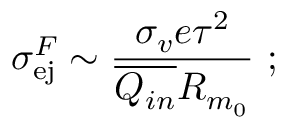
\sigma _ { \mathrm { e j } } ^ { F } \sim \frac { \sigma _ { v } e \tau ^ { 2 } } { \overline { { Q _ { i n } } } R _ { m _ { 0 } } } ~ ;